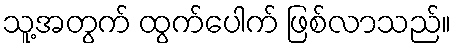
သူ့အတွက် ထွက်ပေါက် ဖြစ်လာသည်။